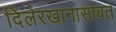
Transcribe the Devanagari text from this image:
दिलेरखानासोबत